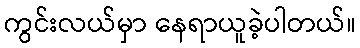
ကွင်းလယ်မှာ နေရာယူခဲ့ပါတယ်။